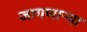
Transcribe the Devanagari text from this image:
जागणाऱ्या